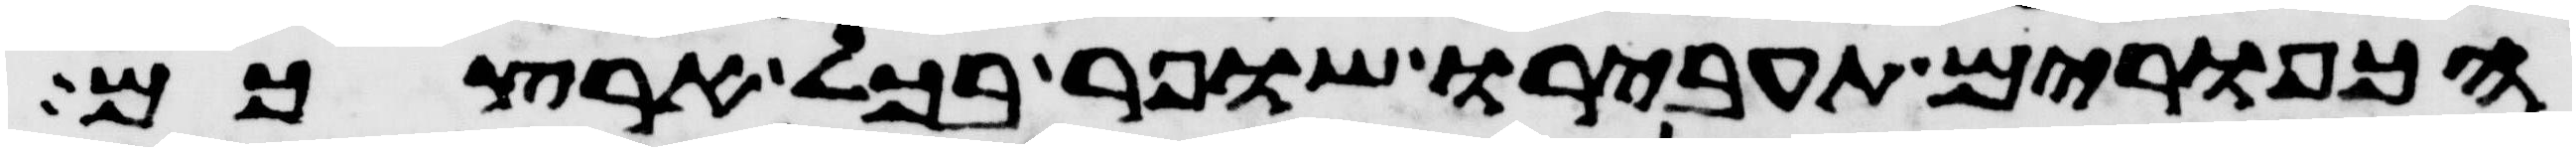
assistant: הכפורים תעבירו שופר בכל ארצכם